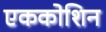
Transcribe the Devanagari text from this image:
एककोशिन